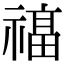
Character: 𮂔